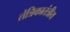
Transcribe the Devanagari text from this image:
तंत्रिकातंत्रीय